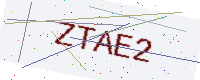
Text: ZTAE2